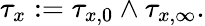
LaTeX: \tau_{x}:=\tau_{x,0}\wedge\tau_{x,\infty}.